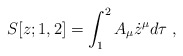
\begin{align*}S[z;1,2]=\int_{1}^{2}A_{\mu }\dot{z}^{\mu }d\tau \;, \end{align*}